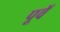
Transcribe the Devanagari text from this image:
पूवॅ